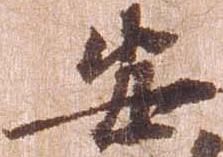
安